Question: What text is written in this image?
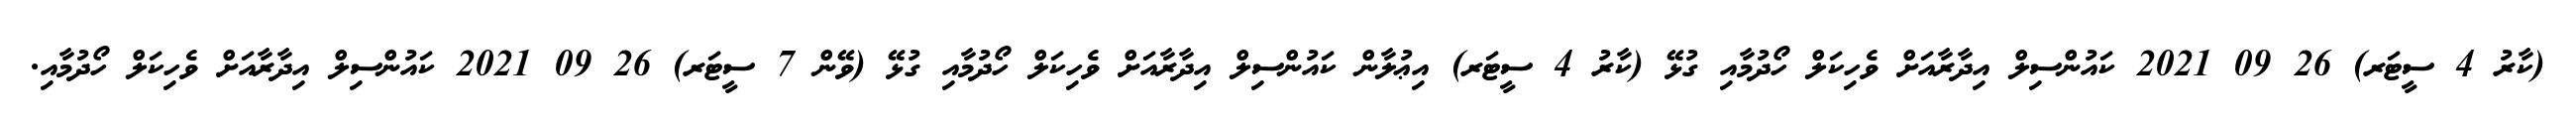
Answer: (ކާރު 4 ސީޓަރ) 26 09 2021 ކައުންސިލް އިދާރާއަށް ވެހިކަލް ހޯދުމާއި ގުޅޭ (ކާރު 4 ސީޓަރ) އިޢުލާން ކައުންސިލް އިދާރާއަށް ވެހިކަލް ހޯދުމާއި ގުޅޭ (ވޭން 7 ސީޓަރ) 26 09 2021 ކައުންސިލް އިދާރާއަށް ވެހިކަލް ހޯދުމާއި.